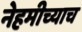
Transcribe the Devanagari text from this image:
नेहमीच्याच